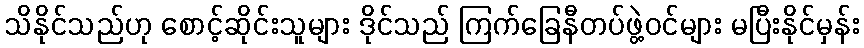
သိနိုင်သည်ဟု စောင့်ဆိုင်းသူများ ဒိုင်သည် ကြက်ခြေနီတပ်ဖွဲ့ဝင်များ မပြီးနိုင်မှန်း